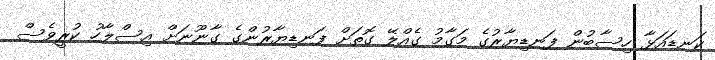
ކަނޑައަޅާ ހިސާބުން ފަނޑިޔާރުގެ މަގާމު ގެއްލޭ ގޮތަށް ފަނޑިޔާރުންގެ ގާނޫނަށް އިސްލާހު ކުރީވެސް